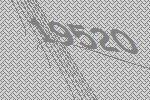
19520